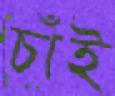
চাঁই